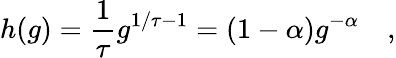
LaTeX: h(g)=\frac{1}{\tau}g^{1/\tau-1}=(1-\alpha)g^{-\alpha}\quad,